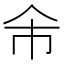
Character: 𠇰